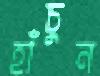
হাঁচুন